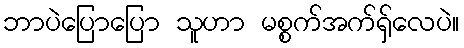
ဘာပဲပြောပြော သူဟာ မစ္စက်အက်ရှ်လေပဲ။